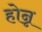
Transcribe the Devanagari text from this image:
होन्न